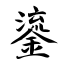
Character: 鎏